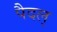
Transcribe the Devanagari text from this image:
पैदल्